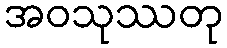
အဝသုဿတု